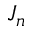
J _ { n }